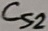
Text: Cs2